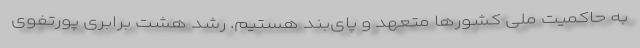
به حاکمیت ملی کشورها متعهد و پای‌بند هستیم. رشد هشت برابری پورتفوی